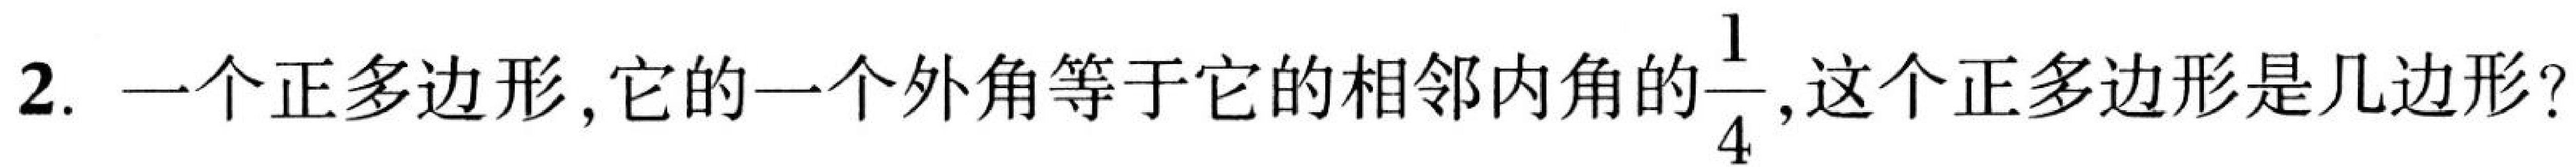
2. 一个正多边形，它的一个外角等于它的相邻内角的$\frac{1}{4}$，这个正多边形是几边形？